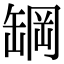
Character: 罁